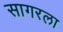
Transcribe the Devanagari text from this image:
सागरला